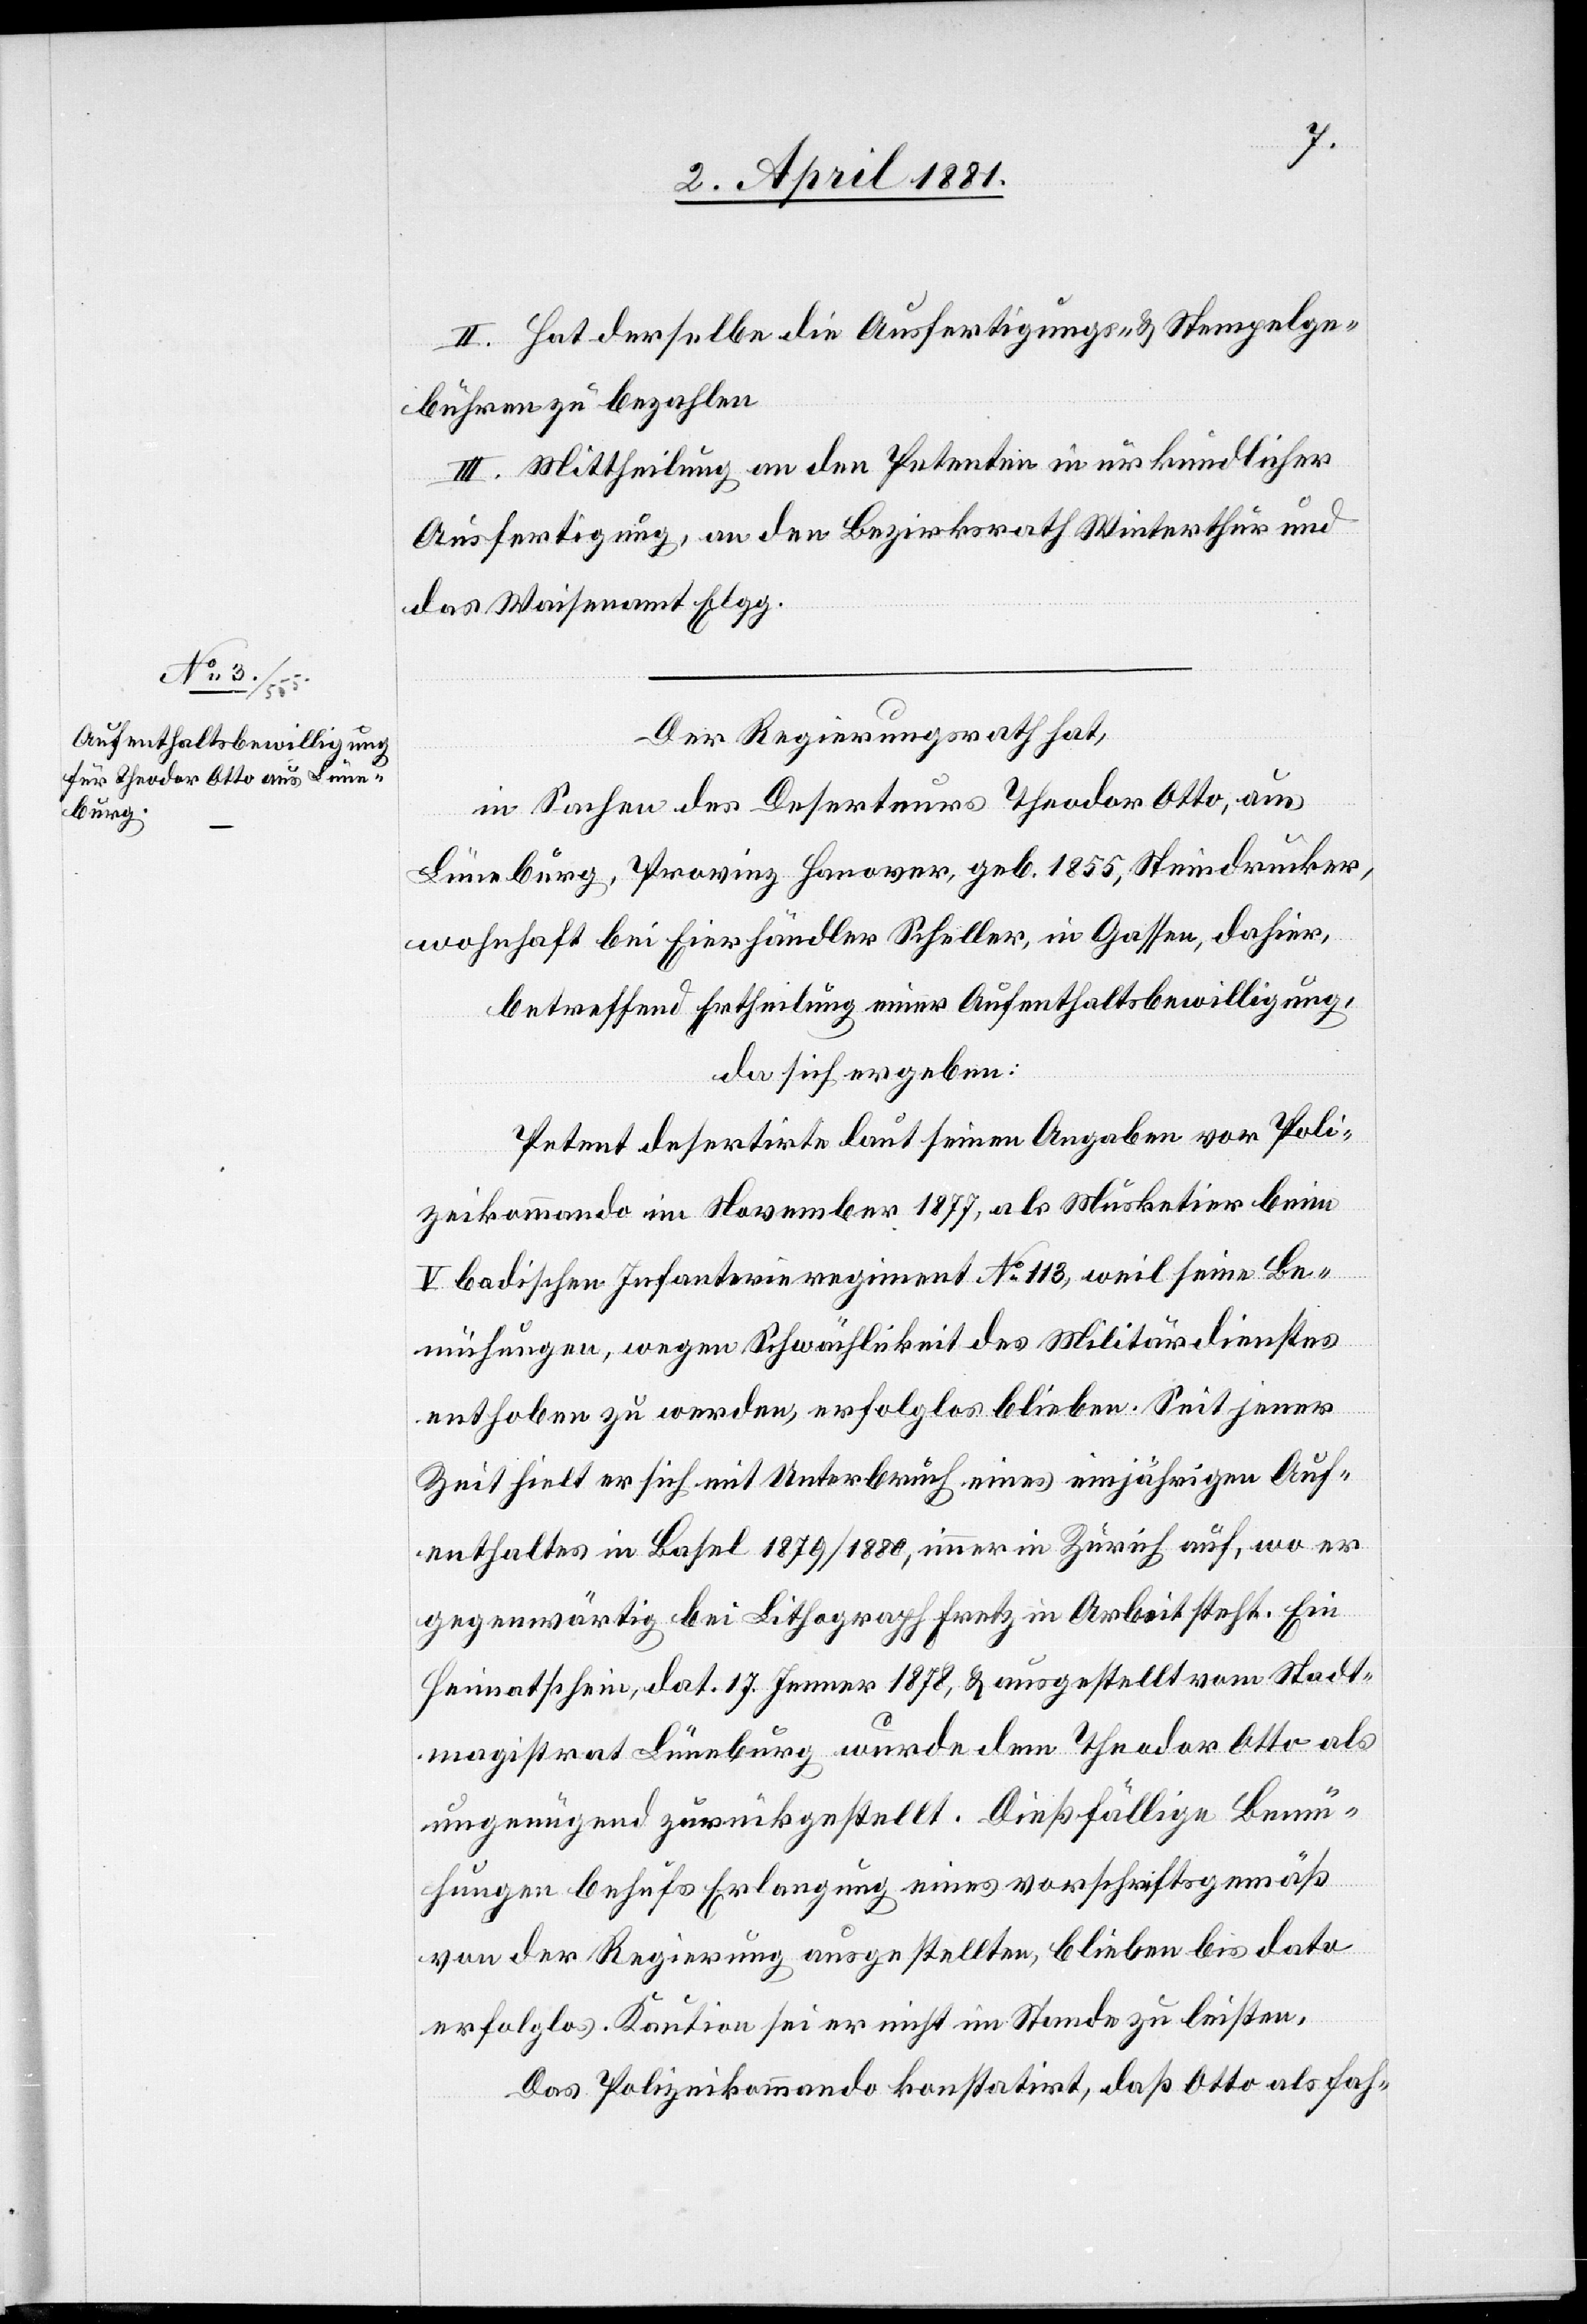
II. Hat derselbe die Ausfertigungs- & Stempelge¬
bühren zu bezahlen
III. Mittheilung an den Petenten in urkundlicher
Ausfertigung, an den Bezirksrath Winterthur und
das Waisenamt Elgg.
Der Regierungsrath hat,
in Sachen des Deserteurs Theodor Otto, aus
Lüneburg, Provinz Hanover, geb. 1855, Steindrucker,
wohnhaft bei Eierhändler Scheller, in Gassen, dahier,
betreffend Ertheilung einer Aufenthaltsbewilligung,
da sich ergeben:
Petent desertirte laut seinen Angaben vor Poli¬
zeikommando im November 1877, als Musketier beim
V badischen Infanterieregiment No 113, weil seine Be¬
mühungen, wegen Schwächlichkeit des Militärdienstes
enthoben zu werden, erfolglos blieben. Seit jener
Zeit hielt er sich mit Unterbruch eines einjährigen Auf¬
enthaltes in Basel 1879/1880, immer in Zürich auf, wo er
gegenwärtig bei Lithograph Fretz in Arbeit steht. Ein
Heimatschein, dat. 17 Jenner 1878, & ausgestellt vom Stadt¬
magistrat Lüneburg wurde dem Theodor Otto als
ungenügend zurückgestellt. Dießfällige Bemü¬
hungen behufs Erlangung eines vorschriftsgemäß
von der Regierung ausgestellten, blieben bis dato
erfolglos. Kaution sei er nicht im Stande zu leisten.
Das Polizeikommando konstatirt, daß Otto als fah-